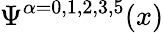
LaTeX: \Psi^{\alpha=0,1,2,3,5}(x)